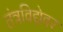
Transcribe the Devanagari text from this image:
तंत्रविद्येवर